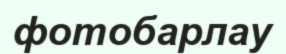
фотобарлау